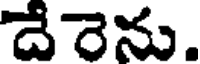
దేరెను.